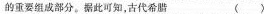
的重要组成部分。据此可知，古代希腊（）